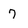
Character: 7